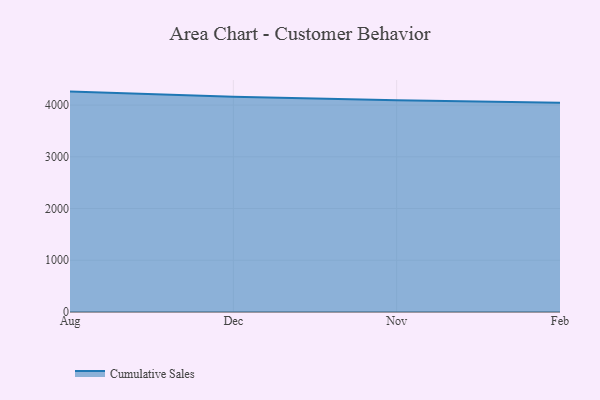
{"axis": {"x": "Month", "y": "Page Views"}, "legend": ["Cumulative Sales"], "data": [{"x": "Aug", "y": 4260.8, "type": "Cumulative Sales"}, {"x": "Dec", "y": 4162.2, "type": "Cumulative Sales"}, {"x": "Nov", "y": 4091.5, "type": "Cumulative Sales"}, {"x": "Feb", "y": 4043.0, "type": "Cumulative Sales"}]}